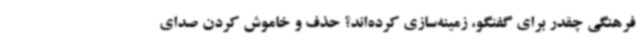
فرهنگی چقدر برای گفتگو، زمینه‌سازی کرده‌اند؟ حذف و خاموش کردن صدای